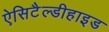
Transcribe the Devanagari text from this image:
ऐसिटैल्डीहाइड